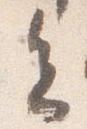
会